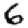
Digit: 6